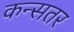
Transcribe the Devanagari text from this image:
कन्सतर